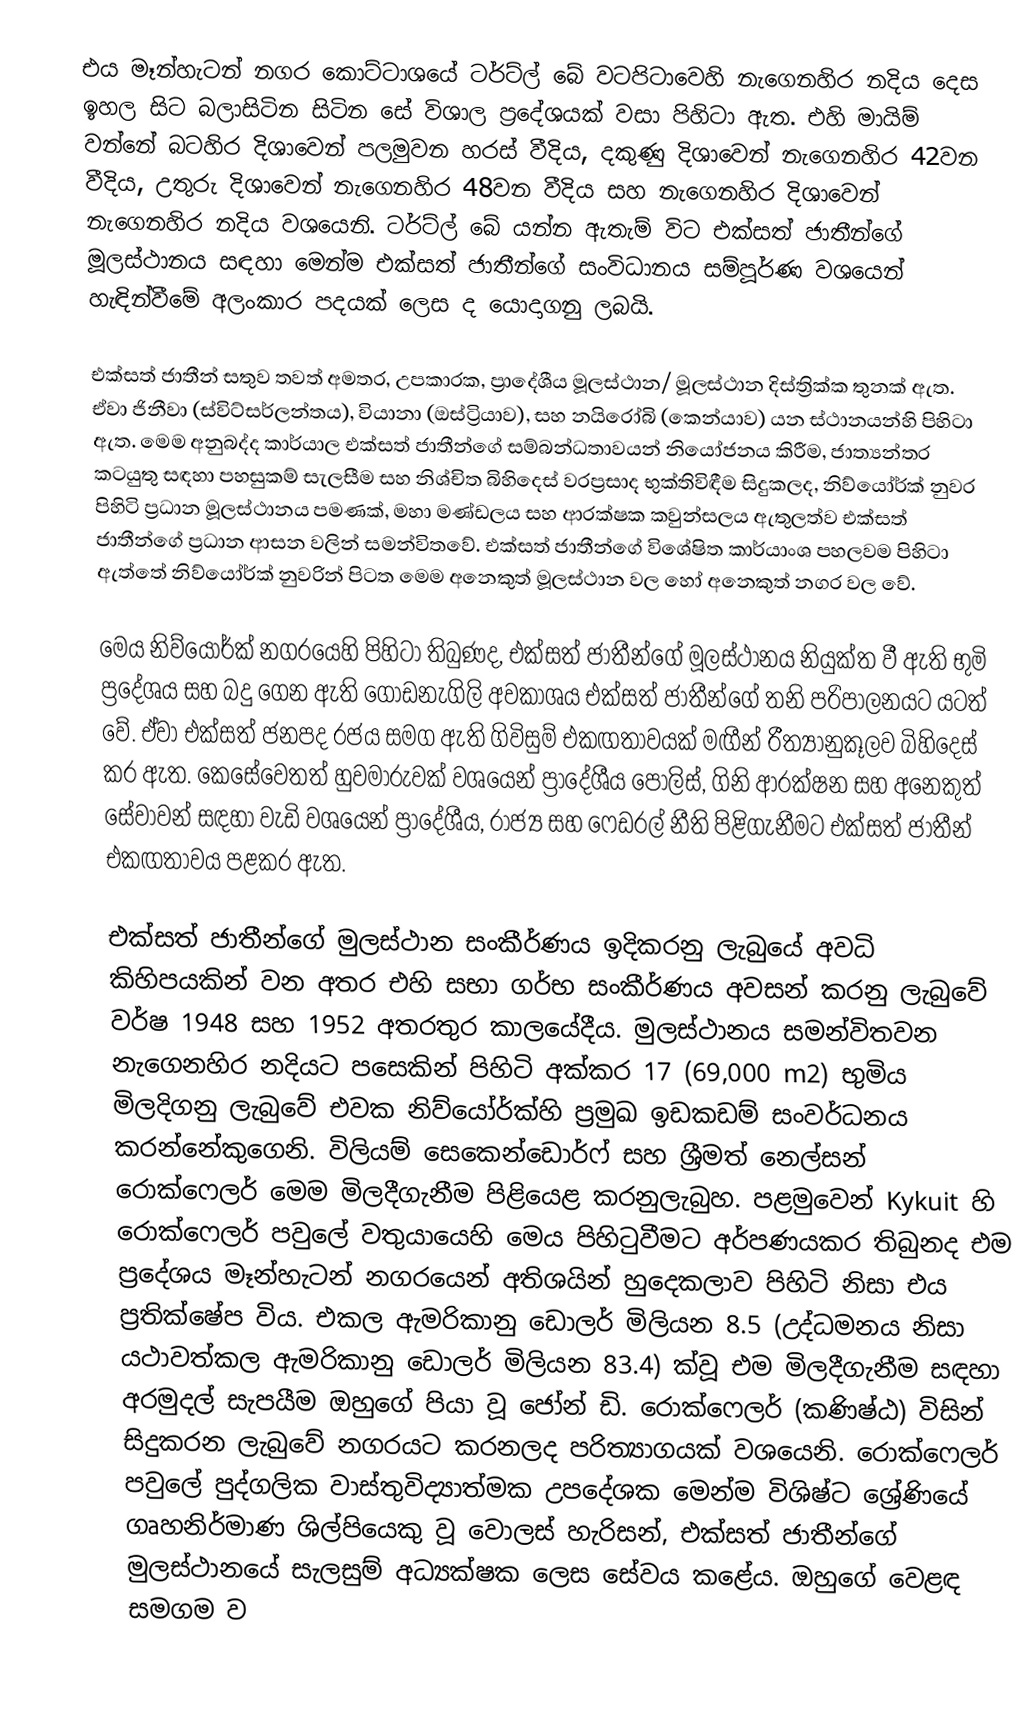
එය මෑන්හැටන් නගර කොට්ටාශයේ ටර්ට්ල් බේ වටපිටාවෙහි නැගෙනහිර නදිය දෙස ඉහල සිට බලාසිටින සිටින සේ විශාල ප්‍රදේශයක් වසා පිහිටා ඇත. එහි මායිම් වන්නේ බටහිර දිශාවෙන් පලමුවන හරස් වීදිය, දකුණු දිශාවෙන් නැගෙනහිර 42වන වීදිය, උතුරු දිශාවෙන් නැගෙනහිර 48වන වීදිය සහ නැගෙනහිර දිශාවෙන් නැගෙනහිර නදිය වශයෙනි. ටර්ට්ල් බේ යන්න ඇතැම් විට එක්සත් ජාතීන්ගේ මූලස්ථානය සඳහා මෙන්ම එක්සත් ජාතීන්ගේ සංවිධානය සම්පූර්ණ වශයෙන් හැඳින්වීමේ අලංකාර පදයක් ලෙස ද යොදාගනු ලබයි.

එක්සත් ජාතීන් සතුව තවත් අමතර, උපකාරක, ප්‍රාදේශීය මූලස්ථාන/ මූලස්ථාන දිස්ත්‍රික්ක තුනක් ඇත. ඒවා ජිනීවා (ස්විට්සර්ලන්තය), වියානා (ඔස්ට්‍රියාව), සහ නයිරෝබි (කෙන්යාව) යන ස්ථානයන්හි පිහිටා ඇත. මෙම අනුබද්ද කාර්යාල එක්සත් ජාතීන්ගේ සම්බන්ධතාවයන් නියෝජනය කිරීම, ජාත්‍යන්තර කටයුතු සඳහා පහසුකම් සැලසීම සහ නිශ්චිත බිහිදෙස් වරප්‍රසාද භුක්තිවිඳීම සිදුකලද,  නිව්යෝර්ක් නුවර පිහිටි ප්‍රධාන මූලස්ථානය පමණක්, මහා මණ්ඩලය සහ ආරක්ෂක කවුන්සලය ඇතුලත්ව එක්සත් ජාතීන්ගේ ප්‍රධාන ආසන වලින් සමන්විතවේ. එක්සත් ජාතීන්ගේ විශේෂිත කාර්යාංශ පහලවම පිහිටා ඇත්තේ නිව්යෝර්ක් නුවරින් පිටත මෙම අනෙකුත් මූලස්ථාන වල හෝ අනෙකුත් නගර වල වේ.

මෙය නිව්යෝර්ක් නගරයෙහි පිහිටා තිබුණද, එක්සත් ජාතීන්ගේ මූලස්ථානය නියුක්ත වී ඇති භුමි ප්‍රදේශය සහ බදු ගෙන ඇති ගොඩනැගිලි අවකාශය එක්සත් ජාතීන්ගේ තනි පරිපාලනයට යටත් වේ. ඒවා එක්සත් ජනපද රජය සමග ඇති ගිවිසුම් එකඟතාවයක් මඟීන් රීත්‍යානුකූලව බිහිදෙස් කර ඇත. කෙසේවෙතත් හුවමාරුවක් වශයෙන් ප්‍රාදේශීය පොලිස්, ගිනි ආරක්ෂන සහ අනෙකුත් සේවාවන් සඳහා වැඩි වශයෙන් ප්‍රාදේශීය, රාජ්‍ය සහ ෆෙඩරල් නීති පිළිගැනීමට එක්සත් ජාතීන් එකඟතාවය පළකර ඇත.

එක්සත් ජාතීන්ගේ මුලස්ථාන සංකීර්ණය ඉදිකරනු ලැබුයේ අවධි කිහිපයකින් වන අතර එහි සභා ගර්භ සංකීර්ණය අවසන් කරනු ලැබුවේ වර්ෂ 1948 සහ 1952 අතරතුර කාලයේදීය. මුලස්ථානය සමන්විතවන නැගෙනහිර නදියට පසෙකින් පිහිටි අක්කර 17 (69,000 m2) භුමිය මිලදිගනු ලැබුවේ එවක නිව්යෝර්ක්හි ප්‍රමුඛ ඉඩකඩම් සංවර්ධනය කරන්නේකුගෙනි. විලියම් සෙකෙන්ඩොර්ෆ් සහ ශ්‍රීමත් නෙල්සන් රොක්ෆෙලර් මෙම මිලදීගැනීම පිළියෙළ කරනුලැබුහ. පළමුවෙන්  Kykuit හි රොක්ෆෙලර් පවුලේ වතුයායෙහි මෙය පිහිටුවීමට අර්පණයකර තිබුනද එම ප්‍රදේශය මෑන්හැටන් නගරයෙන් අතිශයින් හුදෙකලාව පිහිටි නිසා එය ප්‍රතික්ෂේප විය. එකල ඇමරිකානු ඩොලර් මිලියන 8.5 (උද්ධමනය නිසා යථාවත්කල ඇමරිකානු ඩොලර් මිලියන 83.4) ක්වූ එම මිලදීගැනීම සඳහා අරමුදල් සැපයීම ඔහුගේ පියා වූ ජෝන් ඩි. රොක්ෆෙලර් (කණිෂ්ඨ) විසින් සිදුකරන ලැබුවේ නගරයට කරනලද පරිත්‍යාගයක් වශයෙනි. රොක්ෆෙලර් පවුලේ පුද්ගලික වාස්තුවිද්‍යාත්මක උපදේශක මෙන්ම විශිෂ්ට ශ්‍රේණියේ ගෘහනිර්මාණ ශිල්පියෙකු වූ වොලස් හැරිසන්, එක්සත් ජාතීන්ගේ මුලස්ථානයේ සැලසුම් අධ්‍යක්ෂක ලෙස සේවය කළේය. ඔහුගේ වෙළඳ සමගම ව